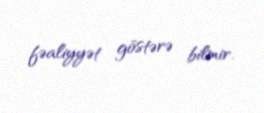
fəaliyyət göstərə bilmir.